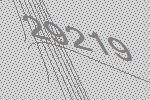
29219